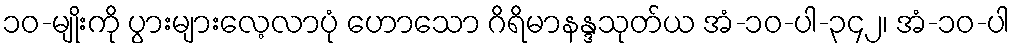
၁၀-မျိုးကို ပွားများလေ့လာပုံ ဟောသော ဂိရိမာနန္ဒသုတ်ယ အံ-၁၀-ပါ-၃၄၂၊ အံ-၁၀-ပါ